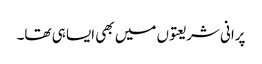
پرانی شریعتوں میں بھی ایسا ہی تھا۔